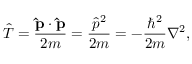
{ \hat { T } } = { \frac { \mathbf { \hat { p } } \cdot \mathbf { \hat { p } } } { 2 m } } = { \frac { { \hat { p } } ^ { 2 } } { 2 m } } = - { \frac { \hbar ^ { 2 } } { 2 m } } \nabla ^ { 2 } ,